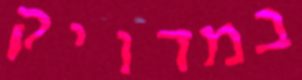
במדויק